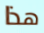
هذا